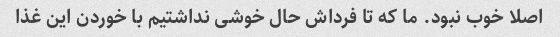
اصلا خوب نبود. ما که تا فرداش حال خوشی نداشتیم با خوردن این غذا